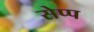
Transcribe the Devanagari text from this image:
सेप्प